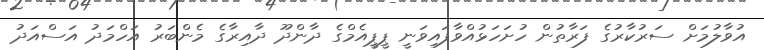
އުވާލުމަށް ސަރުކާރުގެ ފަރާތުން ހުށަހަޅުއްވާފައިވަނީ ޕީޕީއެމްގެ ދާންދޫ ދާއިރާގެ މެންބަރު އަހްމަދު އަސްއަދު